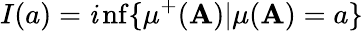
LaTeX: I(a)=\operatorname*{\mathit{i}nf}\{ \mu^{+}(\mathbf{A})|\mu(\mathbf{A})=a\}